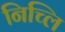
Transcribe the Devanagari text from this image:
निच्लि